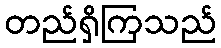
တည်ရှိကြသည်